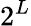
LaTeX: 2^{L}